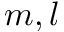
m , l